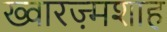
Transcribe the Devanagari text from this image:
ख्वारज़्मशाह